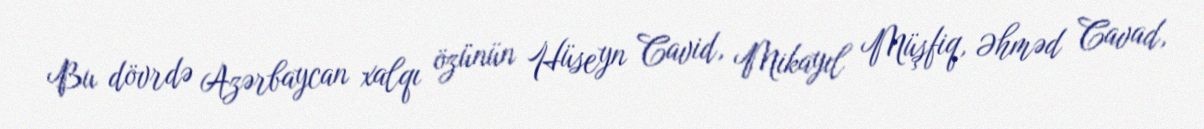
Bu dövrdə Azərbaycan xalqı özünün Hüseyn Cavid, Mikayıl Müşfiq, Əhməd Cavad,